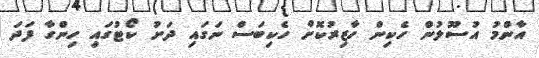
އާންމު އުސޫލުން ހެކިން ހާޒިރުކޮށް ހެކިބަސް ނަގައި ދަށު ކޯޓުގައި ހިންގާ ފަދަ